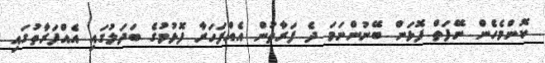
ކޮންމެހެން ނޭފަތް ފޮޅަން ބޭނުންނަމަ ދެ ފަރާތުން އެއްފަހަރާ ފޮޅުމުގެ ބަދަލުގައި އެއްފަރާތުގައި